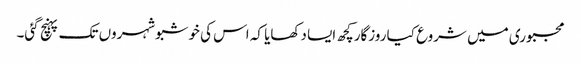
مجبوری میں شروع کیا روزگارکچھ ایسا دکھایا کہ اس کی خوشبوشہروں تک پہنچ گئی۔